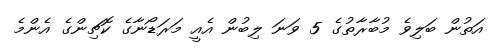
އަތުން ބަލިވެ މުބާރާތުގެ 5 ވަނަ ލިބުން އެއީ މަރަޑޯނާގެ ކޮޗިންގެ އެންމެ